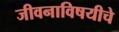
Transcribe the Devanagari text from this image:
जीवनाविषयीचे